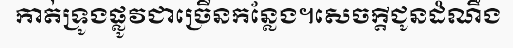
កាត់ទ្រូងផ្លូវជាច្រើនកន្លែង។សេចក្តីជូនដំណឹង